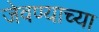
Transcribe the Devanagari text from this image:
जेवण्याच्या